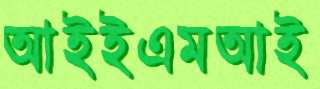
আইইএমআই